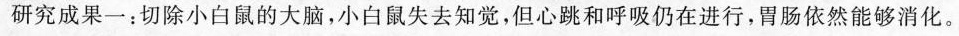
研究成果一；切除小白鼠的大脑，小白鼠失去知觉，但心跳和呼吸仍在进行，胃肠依然能够消化。